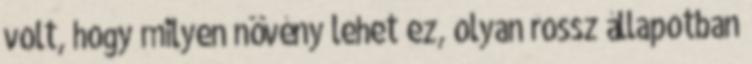
volt, hogy milyen növény lehet ez, olyan rossz állapotban